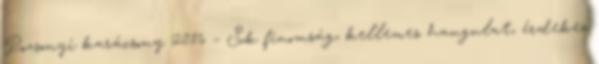
Pozsonyi karácsony 2016 – Sok finomság, kellemes hangulat, érdekes